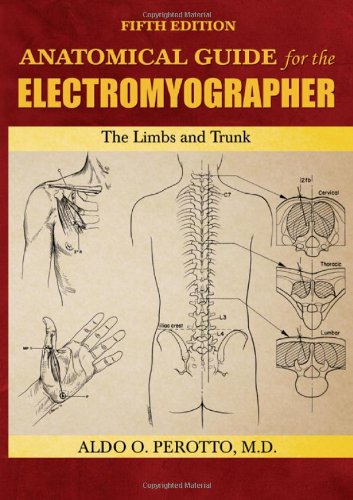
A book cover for Anatomical Guide for the Electromyographer: The Limbs and Trunk; Aldo O. Perotto; Medical Books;